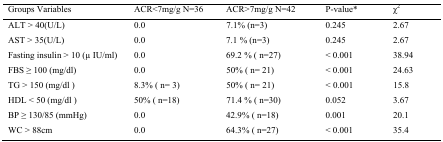
<table><thead><tr><td><b>Groups Variables</b></td><td><b>ACR&lt;7mg/g N=36</b></td><td><b>ACR&gt;7mg/g N=42</b></td><td><b>P-value*</b></td><td><b>χ<sup>2</sup></b></td></tr></thead><tbody><tr><td>ALT &gt; 40(U/L)</td><td>0.0</td><td>7.1% (n=3)</td><td>0.245</td><td>2.67</td></tr><tr><td>AST &gt; 35(U/L)</td><td>0.0</td><td>7.1 % (n=3)</td><td>0.245</td><td>2.67</td></tr><tr><td>Fasting insulin &gt; 10 (μ IU/ml)</td><td>0.0</td><td>69.2 % (n=27)</td><td>&lt; 0.001</td><td>38.94</td></tr><tr><td>FBS ≥ 100 (mg/dl)</td><td>0.0</td><td>50% (n= 21)</td><td>&lt; 0.001</td><td>24.63</td></tr><tr><td>TG &gt; 150 (mg/dl)</td><td>8.3% (n= 3)</td><td>50% (n= 21)</td><td>&lt; 0.001</td><td>15.8</td></tr><tr><td>HDL &lt; 50 (mg/dl)</td><td>50% (n=18)</td><td>71.4 % (n=30)</td><td>0.052</td><td>3.67</td></tr><tr><td>BP ≥ 130/85 (mmHg)</td><td>0.0</td><td>42.9% (n=18)</td><td>0.001</td><td>20.1</td></tr><tr><td>WC &gt; 88cm</td><td>0.0</td><td>64.3% (n=27)</td><td>&lt; 0.001</td><td>35.4</td></tr></tbody></table>